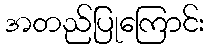
အတည်ပြုကြောင်း